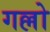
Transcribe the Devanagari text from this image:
गल्लो